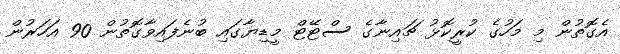
އެގޮތުން މި މަހުގެ ކުރީކޮޅު ޗައިނާގެ ސްޓޭޓް މީޑިޔާގައި ބުނެފައިވާގޮތުން 90 އަހަރުން